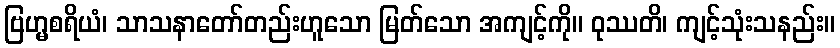
ဗြဟ္မစရိယံ၊ သာသနာတော်တည်းဟူသော မြတ်သော အကျင့်ကို။ ဝုဿတိ၊ ကျင့်သုံးသနည်း။